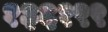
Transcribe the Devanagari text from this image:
१३६१९९